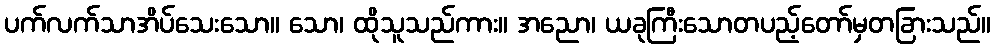
ပက်လက်သာအိပ်သေးသော။ သော၊ ထိုသူသည်ကား။ အညော၊ ယခုကြီးသောတပည့်တော်မှတခြားသည်။